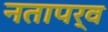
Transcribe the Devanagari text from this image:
नतापर्व